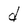
Character: d